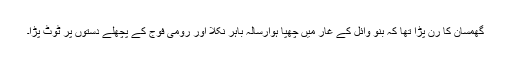
گھمسان کا رن پڑا تھا کہ بنو وائل کے غار میں چھپا ہوارسالہ باہر نکلا اور رومی فوج کے پچھلے دستوں پر ٹوٹ پڑا۔